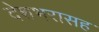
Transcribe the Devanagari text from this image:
देशभरासह